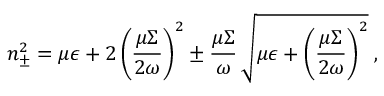
n _ { \pm } ^ { 2 } = \mu \epsilon + 2 \left( \frac { \mu \Sigma } { 2 \omega } \right) ^ { 2 } \pm \frac { \mu \Sigma } { \omega } \, \sqrt { \mu \epsilon + \left( \frac { \mu \Sigma } { 2 \omega } \right) ^ { 2 } } \; ,